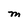
Character: M